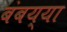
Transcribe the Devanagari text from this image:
बंबय्या